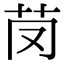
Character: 𦬣